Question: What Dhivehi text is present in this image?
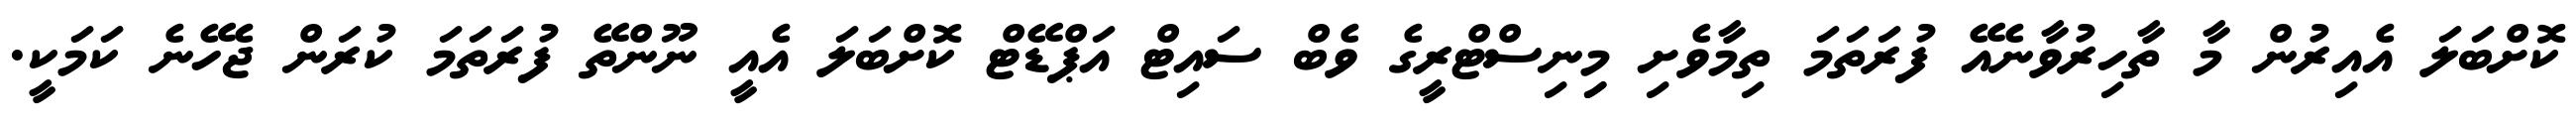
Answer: ކޮށްބަލަ އެއިރުން މާ ތާހިރުވާނެއޭ ފުރަތަމަ ތިމާވެށި މިިނިސްޓްރީގެ ވެބް ސައިޓް އަޕްޑޭޓް ކޮށްބަލަ އެއީ ނޫންތޭ ފުރަތަމަ ކުރަން ޖެހޭނެ ކަމަކީ.